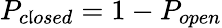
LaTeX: P_{c\mathfrak{l}osed}=1-P_{open}